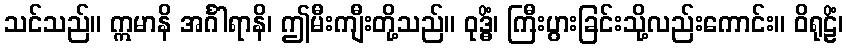
သင်သည်။ ဣမာနိ အင်္ဂါရာနိ၊ ဤမီးကျီးတို့သည်။ ဝုဒ္ဓိံ၊ ကြီးပွားခြင်းသို့လည်းကောင်း။ ဝိရုဠိံ၊